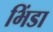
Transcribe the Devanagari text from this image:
भिंडा